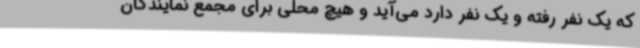
که یک نفر رفته و یک نفر دارد می‌آید و هیچ محلی برای مجمع نمایندگان